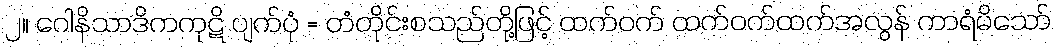
၂။ ဂေါနိသာဒိကကုဋိ ပျက်ပုံ = တံတိုင်းစသည်တို့ဖြင့် ထက်ဝက် ထက်ဝက်ထက်အလွန် ကာရံမိသော်